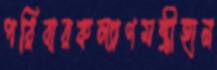
পরিবারকল্যাণমন্ত্রীহান